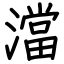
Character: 澢